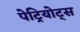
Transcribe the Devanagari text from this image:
पेट्रियोट्स